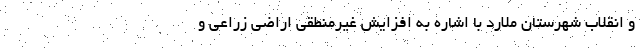
و انقلاب شهرستان ملارد با اشاره به افزایش غیرمنطقی اراضی زراعی و